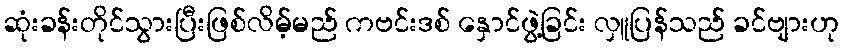
ဆုံးခန်းတိုင်သွားပြီးဖြစ်လိမ့်မည် ကဗင်းဒစ် နှောင်ဖွဲ့ခြင်း လှူပြန်သည် ခင်ဗျားဟု